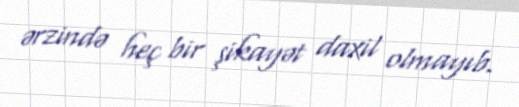
ərzində heç bir şikayət daxil olmayıb.